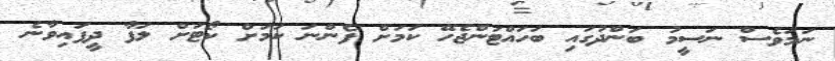
ނަމަވެސް ނަސީމު ބަންދުގައި ބަހައްޓަންޖެހޭ ކަމަށް ފެންނަ ކަމަށް ކޯޓަށް ލަފާ ދީފައިވާނެ